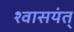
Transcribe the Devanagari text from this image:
श्वासयंत्